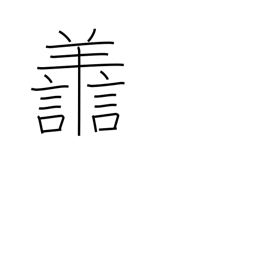
Meaning: virtuous